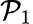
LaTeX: \mathcal{P}_{1}